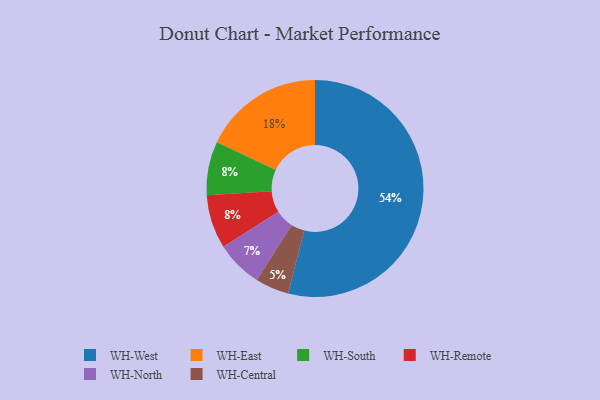
{"axis": {"x": "Category", "y": "Percentage"}, "legend": ["WH-Central", "WH-East", "WH-North", "WH-Remote", "WH-South", "WH-West"], "data": [{"x": "WH-South", "y": 8, "type": "WH-South"}, {"x": "WH-East", "y": 18, "type": "WH-East"}, {"x": "WH-North", "y": 7, "type": "WH-North"}, {"x": "WH-Central", "y": 5, "type": "WH-Central"}, {"x": "WH-West", "y": 54, "type": "WH-West"}, {"x": "WH-Remote", "y": 8, "type": "WH-Remote"}]}